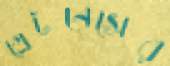
গ্রেটনেসের